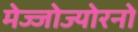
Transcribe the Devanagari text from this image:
मेज्जोज्योरनो